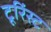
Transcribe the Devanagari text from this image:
टूरिंस्ट